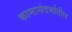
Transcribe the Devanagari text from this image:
कामासंदर्भातील